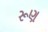
રૂણ